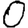
Digit: 0